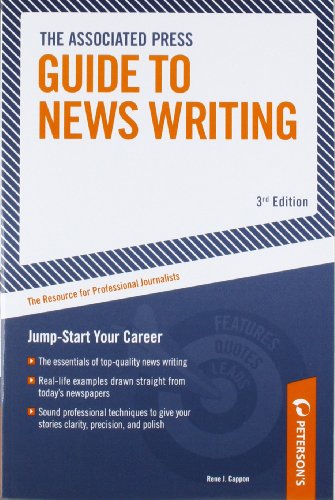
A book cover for Associated Press Guide to News Writing: The Resource for Professional Journalists; RenÃ© J. Cappon; Reference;